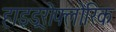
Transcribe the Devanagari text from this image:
हाइड्ररोफ्लोरिक